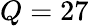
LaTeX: Q=27